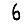
Digit: 6